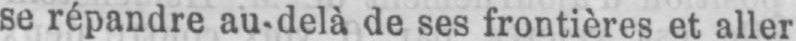
se répandre au-delà de ses frontières et aller